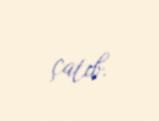
çatıb.